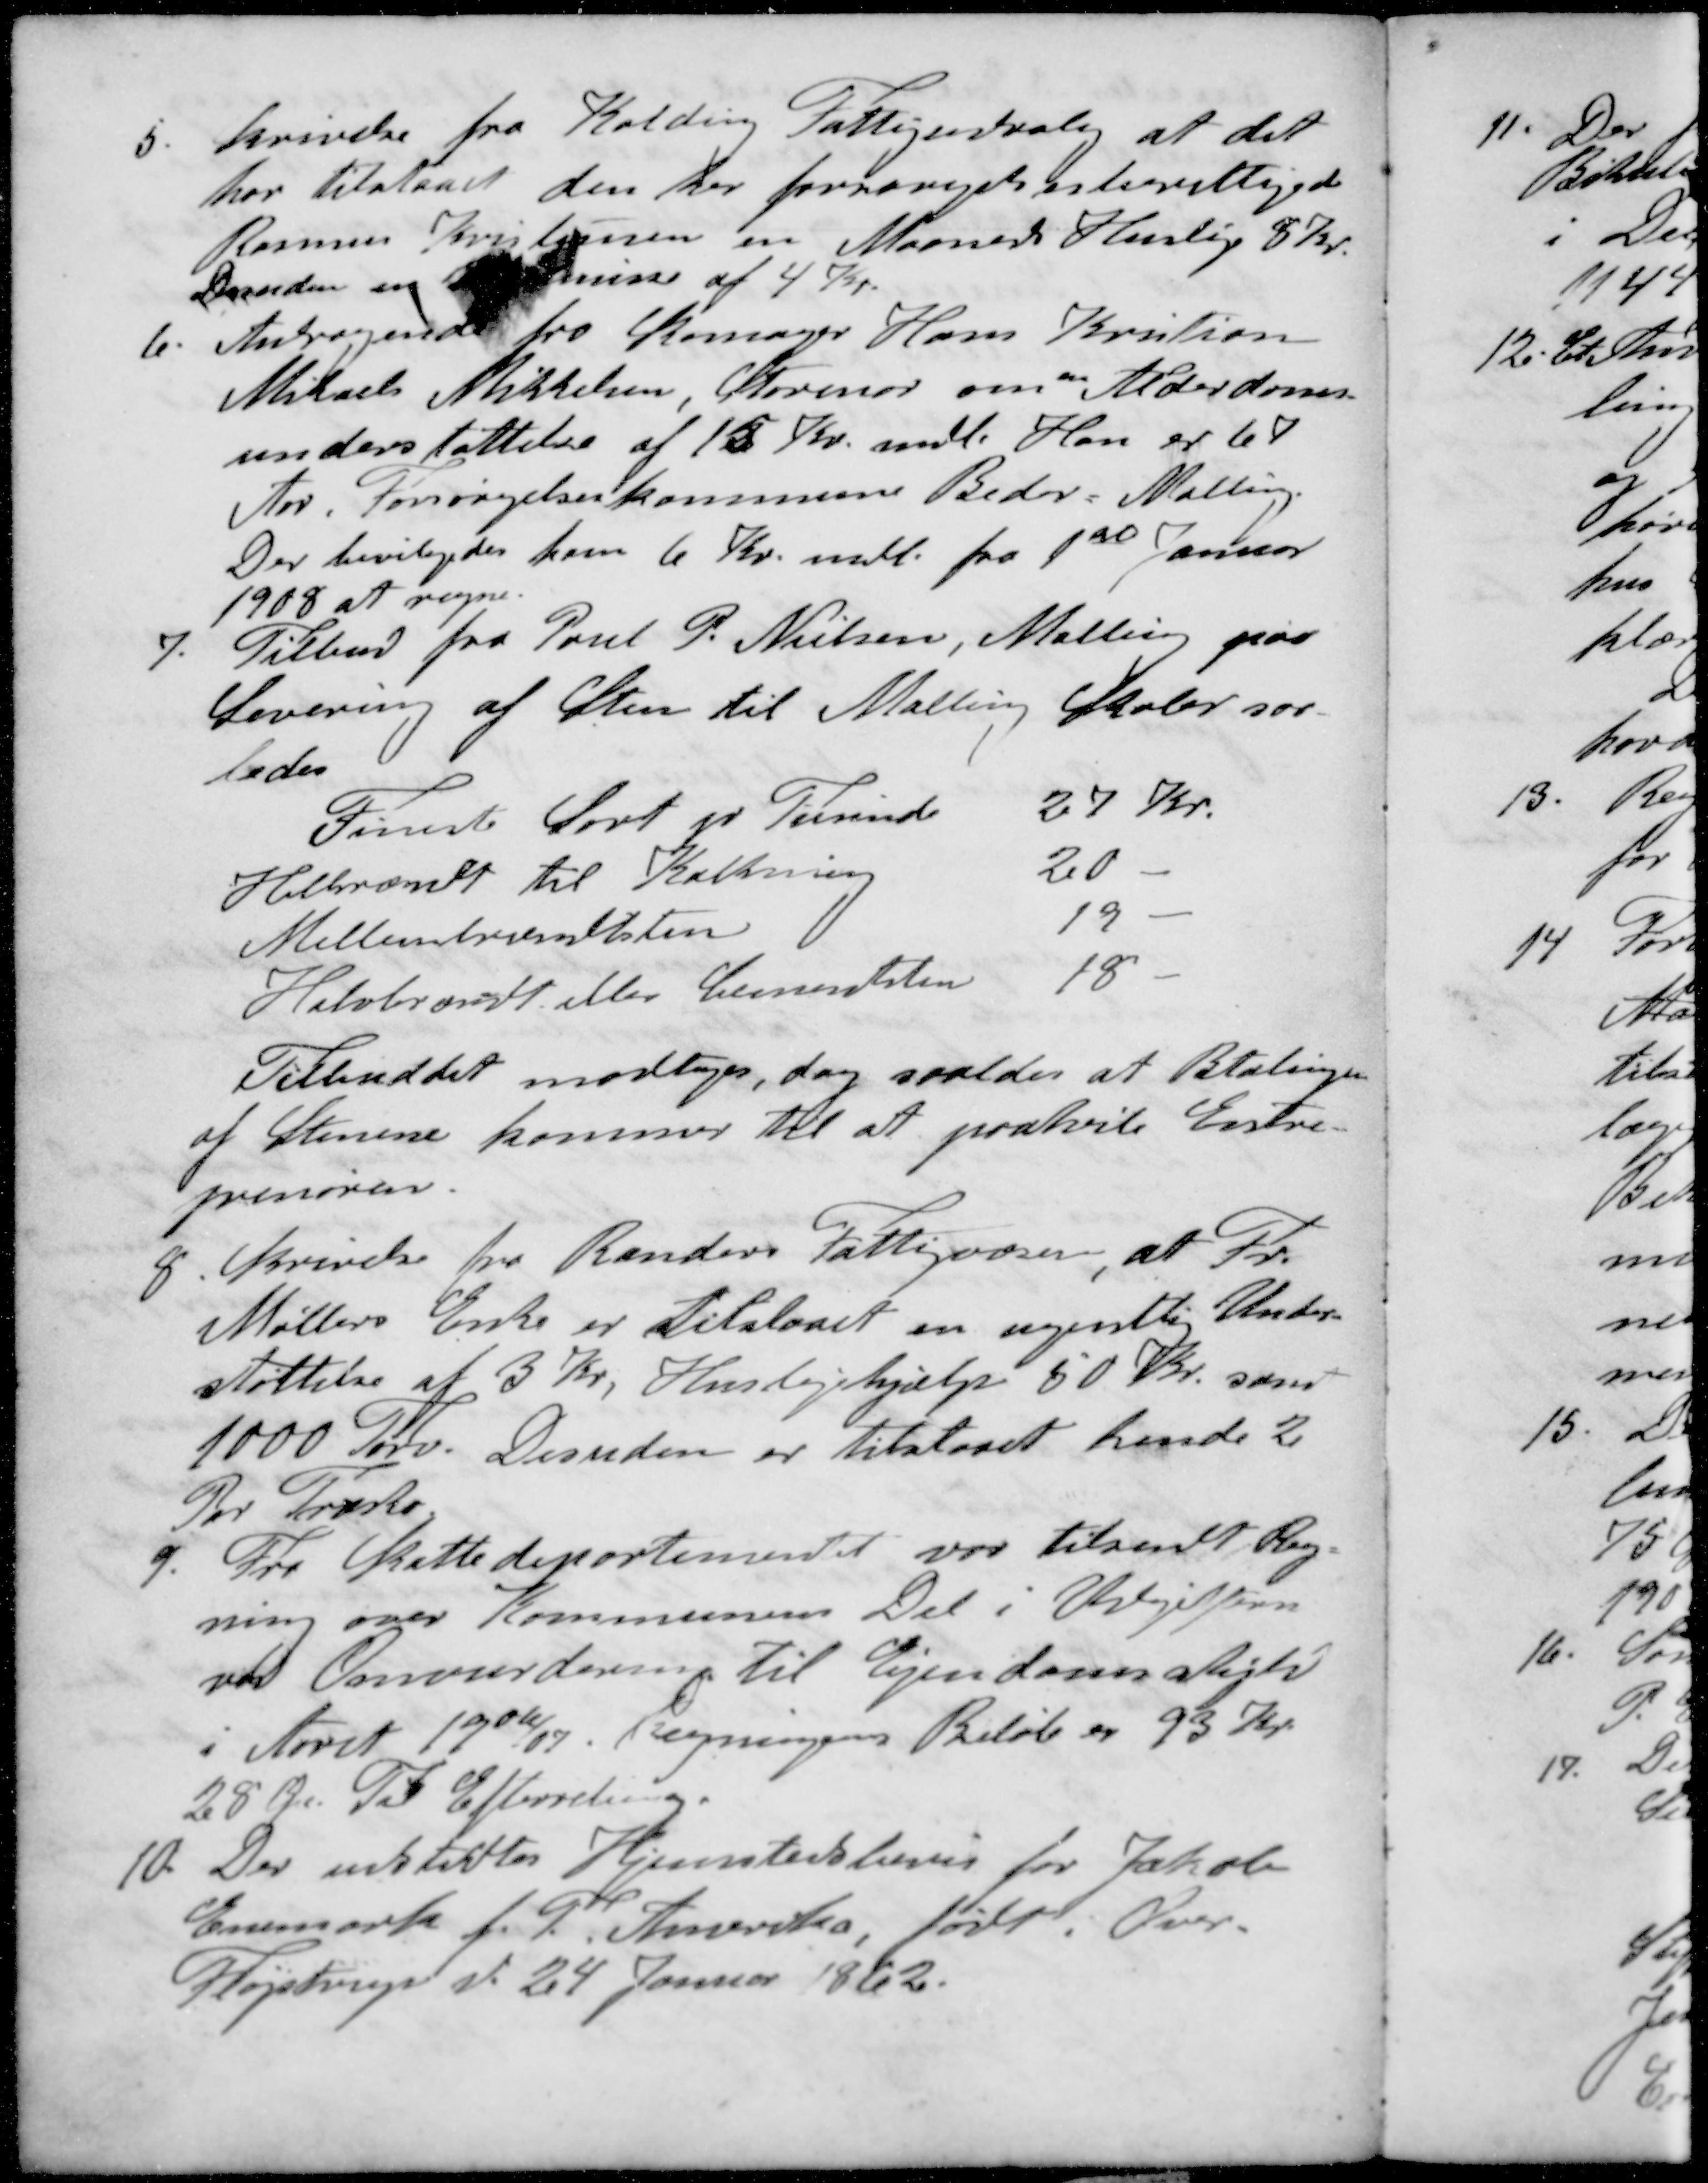
Transskription:
5. Skrivelse fra Kolding Fattigudvalig at det
har tilstaaet den der forsørgelsesberettigede
Rasmus Kristiansen en Maanede Husleje 8 Kr.
Desuden en  af 4 Kr.
6. Andragende fra Skomager Hans Kristian
Mikael Mikkelsen, Storenor om Alderdoms-
understøttelse af 15 Kr. mdl. Han er 67
Aar, forsørgelseskommune Beder-Malling
Der bevilgedes ham 6 Kr. mdl. fra 1ste Januar
1908 at regne.
7. Tilbud fra Poul P. Nielsen, Malling paa
Levering af Sten til Malling Skoler saa-
ledes
Fineste Sort pr Tusind
27 Kr.
Helbrændt til Kalkning
20 -
Mellembrædtsten
19 -
Halvbrændt eller Cementsten
18 -
Tilbuddet modtages, dog saaledes at Betalingen
af Stenene kommer til at paahvile Entre-
prenøren
8. Skrivelse fra Randers Fattigvæsen, at Fr.
Møllers Enke er tilstaaet en ugentlig Under
støttelse af 3 Kr. Huslejehjælp 50 Kr. samt
1000 Tørv. Desuden er tilstaaet hende 2
Par Træsko
9. Fra Skattedepartementet var tilsendt Reg-
ning over Kommunens Del i Veje Udgifterne
ved Omvurdering til Ejendomsskyld
i Aaret 1906/07. Regningens Beløb er 93 Kr.
28 Øre. Til Efterretning.
10. Der udstedes Hjemstedsbevis for Jakob
Enemark f. T. Amerika, født i Over-
Fløjstrup d. 24 Januar 1862.